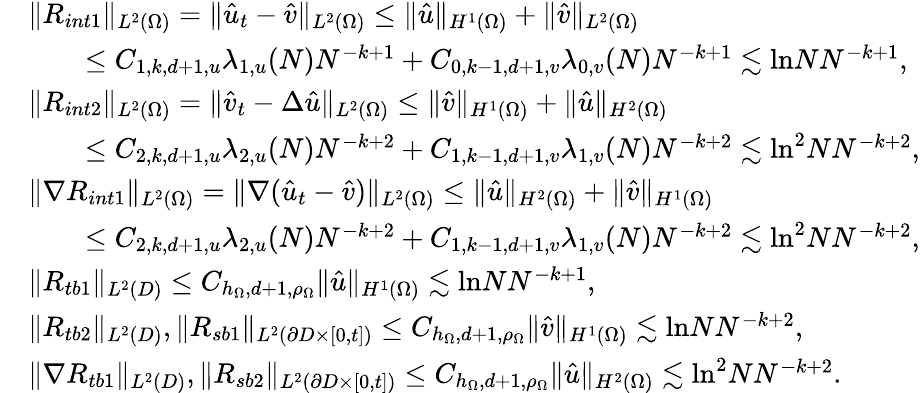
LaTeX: \begin{array}{rl}&{\| R_{int1}\| _{L^{2}(\Omega)}=\| \hat{u}_{t}-\hat{v}\| _{L^{2}(\Omega)}\leq\| \hat{u}\| _{H^{1}(\Omega)}+\| \hat{v}\| _{L^{2}(\Omega)}}\\ &{\qquad\leq C_{1,k,d+1,u}\lambda_{1,u}(N)N^{-k+1}+C_{0,k-1,d+1,v}\lambda_{0,v}(N)N^{-k+1}\lesssim\mathrm{ln}NN^{-k+1},}\\ &{\| R_{int2}\| _{L^{2}(\Omega)}=\| \hat{v}_{t}-\Delta\hat{u}\| _{L^{2}(\Omega)}\leq\| \hat{v}\| _{H^{1}(\Omega)}+\| \hat{u}\| _{H^{2}(\Omega)}}\\ &{\qquad\leq C_{2,k,d+1,u}\lambda_{2,u}(N)N^{-k+2}+C_{1,k-1,d+1,v}\lambda_{1,v}(N)N^{-k+2}\lesssim\mathrm{ln}^{2}NN^{-k+2},}\\ &{\| \nabla R_{int1}\| _{L^{2}(\Omega)}=\| \nabla(\hat{u}_{t}-\hat{v})\| _{L^{2}(\Omega)}\leq\| \hat{u}\| _{H^{2}(\Omega)}+\| \hat{v}\| _{H^{1}(\Omega)}}\\ &{\qquad\leq C_{2,k,d+1,u}\lambda_{2,u}(N)N^{-k+2}+C_{1,k-1,d+1,v}\lambda_{1,v}(N)N^{-k+2}\lesssim\mathrm{ln}^{2}NN^{-k+2},}\\ &{\| R_{tb1}\| _{L^{2}(D)}\leq C_{h_{\Omega},d+1,\rho_{\Omega}}\| \hat{u}\| _{H^{1}(\Omega)}\lesssim\mathrm{ln}NN^{-k+1},}\\ &{\| R_{tb2}\| _{L^{2}(D)},\| R_{sb1}\| _{L^{2}(\partial D\times[0,t])}\leq C_{h_{\Omega},d+1,\rho_{\Omega}}\| \hat{v}\| _{H^{1}(\Omega)}\lesssim\mathrm{ln}NN^{-k+2},}\\ &{\| \nabla R_{tb1}\| _{L^{2}(D)},\| R_{sb2}\| _{L^{2}(\partial D\times[0,t])}\leq C_{h_{\Omega},d+1,\rho_{\Omega}}\| \hat{u}\| _{H^{2}(\Omega)}\lesssim\mathrm{ln}^{2}NN^{-k+2}.}\end{array}